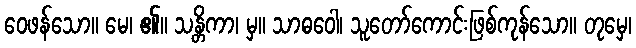
ဝေဖန်သော။ မေ၊ ၏။ သန္တိကာ၊ မှ။ သာဓဝေါ၊ သူတော်ကောင်းဖြစ်ကုန်သော။ တုမှေ၊